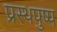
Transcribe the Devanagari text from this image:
प्रस्थपुष्प